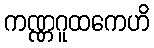
ကဏ္ဏဂူထကေဟိ